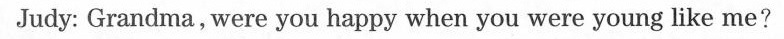
Judy: Grandma, were you happy when you were young like me?